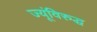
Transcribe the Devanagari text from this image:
ज्यूंविरुद्ध